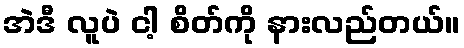
အဲဒီ လူပဲ ငါ့ စိတ်ကို နားလည်တယ်။